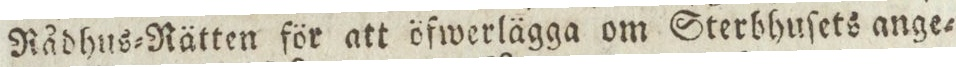
Rådhus=Rätten för att öfwerlägga om Sterbhuſets ange=